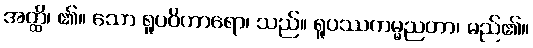
အတ္ထိ၊ ၏။ သော ရူပဝိကာရော၊ သည်။ ရူပဿကမ္မညတာ၊ မည်၏။